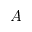
A